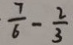
b = \frac { 7 } { 6 } - \frac { 2 } { 3 }